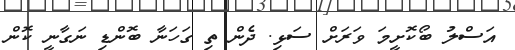
އަސްލު ބޯކޮށީމަ ވަރަށް ސަޅި. ދެން ތި ގަހަނާ ބޮންޑި ނަގާނީ ކޮން